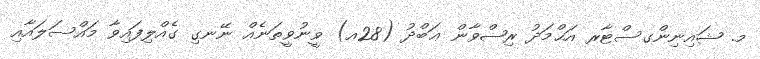
މ. ޝައިނިންގސްޓާރ އަޙްމަދު ރިޟްވާން ޢަބްދު (28އ) ވީނުވީތަނެއް ނޭނގި ގެއްލިފައިވާ މައްސަލައާއި